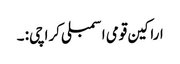
اراکین قومی اسمبلی کراچی: ۔